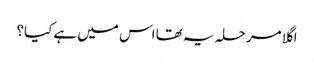
اگلا مرحلہ یہ تھا اس میں ہے کیا؟